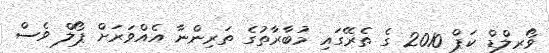
ވޯރލްޑް ކަޕް 2010 ގެ ތެރޭގައި މުބާރާތުގެ ތަރިންނާ އެއްވަރަށް ޕޯލް ވެސް